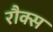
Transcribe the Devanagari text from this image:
रौक्स